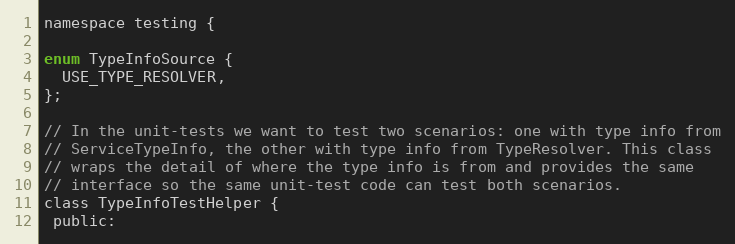
Language: C
namespace testing {

enum TypeInfoSource {
  USE_TYPE_RESOLVER,
};

// In the unit-tests we want to test two scenarios: one with type info from
// ServiceTypeInfo, the other with type info from TypeResolver. This class
// wraps the detail of where the type info is from and provides the same
// interface so the same unit-test code can test both scenarios.
class TypeInfoTestHelper {
 public: